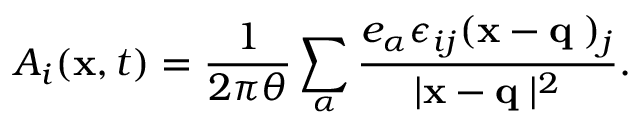
A _ { i } ( { \bf x } , t ) = \frac { 1 } { 2 \pi \theta } \sum _ { \alpha } \frac { e _ { \alpha } \epsilon _ { i j } ( { \bf x } - { \bf q _ { \alpha } } ) _ { j } } { \vert { \bf x } - { \bf q _ { \alpha } } \vert ^ { 2 } } .